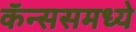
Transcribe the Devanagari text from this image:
कॅन्ससमध्ये